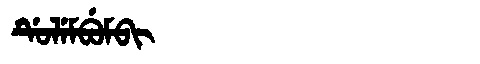
Manchu: ᡩᡠᠯᡝᠮᠪᡠᠮᠪᡳ
Romanization: DULEMBUMBI